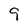
Character: 9